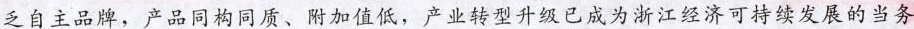
乏自主品牌，产品同构同质、附加值低，产业转型升级已成为浙江经济可持续发展的当务